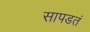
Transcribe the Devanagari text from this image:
सापडतं